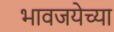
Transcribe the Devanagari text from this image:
भावजयेच्या